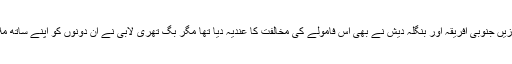
قبل ازیں جنوبی افریقہ اور بنگلہ دیش نے بھی اس فامولے کی مخالفت کا عندیہ دیا تھا مگر بگ تھری لابی نے ان دونوں کو اپنے ساتھ ملا لیا۔